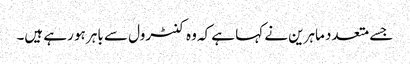
جسے متعدد ماہرین نے کہا ہے کہ وہ کنٹرول سے باہر ہو رہے ہیں۔